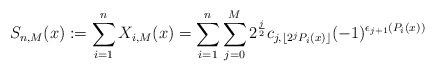
LaTeX: \begin{align*}S_{n,M}(x) := \sum_{i=1}^{n}X_{i,M}(x)=\sum_{i=1}^{n}\sum_{j=0}^{M}2^{\frac{j}{2}}c_{j,\lfloor2^{j}P_{i}(x)\rfloor}(-1)^{\epsilon_{j+1}(P_{i}(x))}\end{align*}